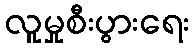
လူမှုစီးပွားရေး